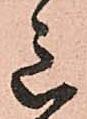
意